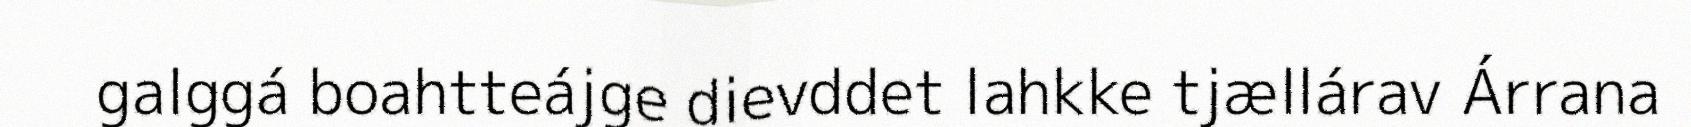
galggá boahtteájge dievddet lahkke tjællárav Árrana